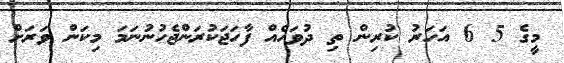
މީގެ 5 6 އަހަރު ކުރިން ތި ދުވަހެއް ފާހަޖަކުރަންޖެހުނުނަމަ މިކަން ވަރަށް